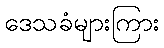
ဒေသခံများကြား